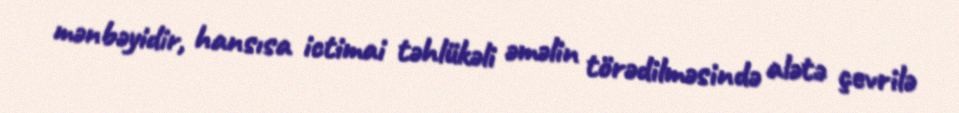
mənbəyidir, hansısa ictimai təhlükəli əməlin törədilməsində alətə çevrilə